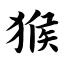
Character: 猴